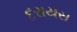
દરાયસ